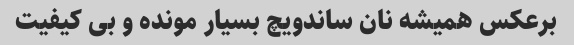
برعکس همیشه نان ساندویچ بسیار مونده و بی کیفیت